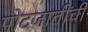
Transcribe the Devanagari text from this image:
पोटजातींची